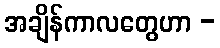
အချိန်ကာလတွေဟာ -